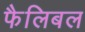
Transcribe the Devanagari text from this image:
फैलिबल